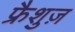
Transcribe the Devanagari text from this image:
फ्रैशुज़